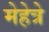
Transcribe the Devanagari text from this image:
मेहेत्रे